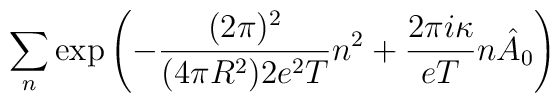
\sum_n \exp\left( -\frac{(2\pi)^2}{(4\pi R^2)2e^2T}n^2+\frac{2\pi i\kappa}{eT}n\hat A_0\right)